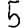
Digit: 5